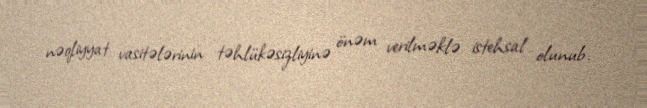
nəqliyyat vasitələrinin təhlükəsizliyinə önəm verilməklə istehsal olunub.